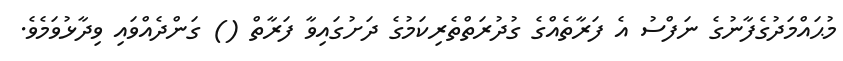
މުޙައްމަދުގެފާނުގެ ނަފްސު އެ ފަރާތެއްގެ ގުދުރަތްތެރިކަމުގެ ދަށުގައިވާ ފަރާތް () ގަންދެއްވައި ވިދާޅުވަމެވެ.